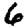
Digit: 6